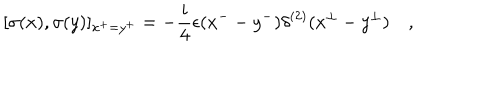
LaTeX: [ \sigma ( x ) , \sigma ( y ) ] _ { x ^ { + } = y ^ { + } } = - \frac { i } { 4 } \epsilon ( x ^ { -- } y ^ { - } ) \delta ^ { ( 2 ) } ( x ^ { \perp } - y ^ { \perp } ) \quad ,